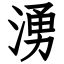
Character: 湧